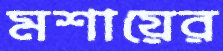
মশায়ের